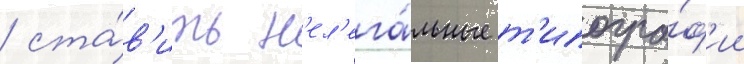
/ ста́в'ить н'ел'ега́льные т'ипогра́ф'ии